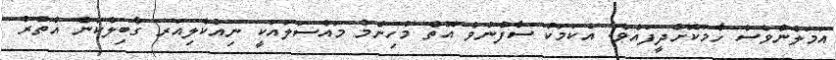
އަމަލުންވެސް ހާމަކޮށްދީފައެވެ. އެކަމަކު ސާފުނުވެ އޮތް މުހިންމު މައްސަލައަކީ ނިއުކްލިއަރ ގާބިލްކަން އުތުރު